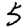
Digit: 5